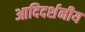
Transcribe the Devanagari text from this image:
आदिदर्शनीय